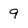
Character: 9